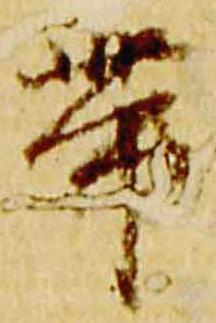
帯